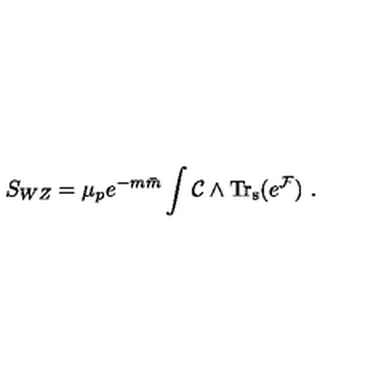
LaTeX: S _ { W Z } = { \mu _ { p } e ^ { - m { \bar { m } } } } \int { \cal C } \wedge \mathrm { T r _ { s } } ( e ^ { { \cal F } } ) \ .